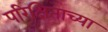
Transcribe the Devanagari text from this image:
परिक्षिताच्या